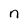
Character: n